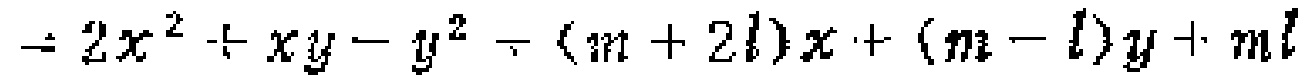
$=2x^{2}+xy - y^{2}+(m + 2l)x+(m - l)y+ml$